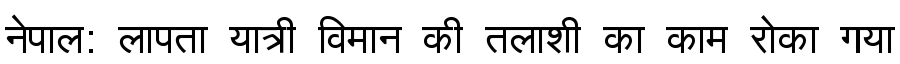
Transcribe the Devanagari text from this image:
नेपाल: लापता यात्री विमान की तलाशी का काम रोका गया